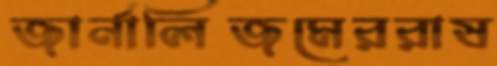
জার্নালিজমেররাষ